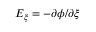
E _ { \xi } = - \partial \phi / \partial \xi